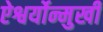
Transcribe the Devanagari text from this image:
ऐश्वर्योन्मुखी